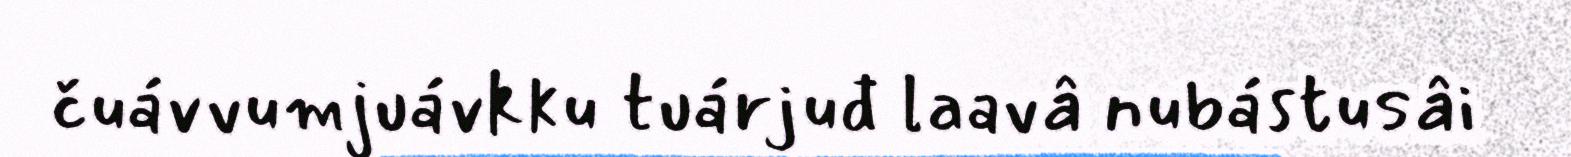
čuávvumjuávkku tuárjuđ laavâ nubástusâi